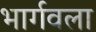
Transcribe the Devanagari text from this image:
भार्गवला